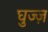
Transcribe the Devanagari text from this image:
घुज्ज़